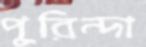
পুরিন্দা